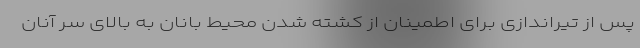
پس از تیراندازی برای اطمینان از کشته شدن محیط بانان به بالای سر آنان